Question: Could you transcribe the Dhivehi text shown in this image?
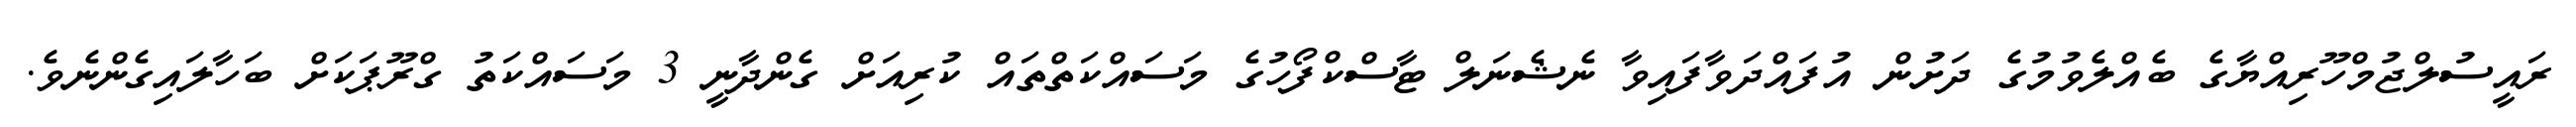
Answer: ރައީސުލްޖުމްހޫރިއްޔާގެ ބެއްލެވުމުގެ ދަށުން އުފައްދަވާފައިވާ ނެޝެނަލް ޓާސްކްފޯހުގެ މަސައްކަތްތައް ކުރިއަށް ގެންދާނީ 3 މަސައްކަތު ގްރޫޕަކަށް ބަހާލައިގެންނެވެ.